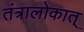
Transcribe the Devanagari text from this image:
तंत्रालोकात्